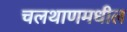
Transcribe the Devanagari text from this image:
चलथाणमधील